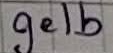
Text: gelb